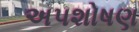
અપશોષણ